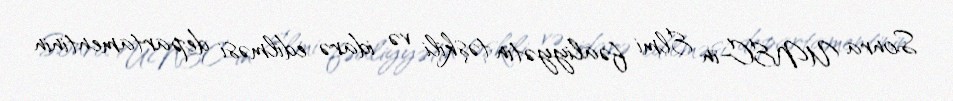
Sonra UNEC-in Elmi fəaliyyətin təşkili və idarə edilməsi departamentinin